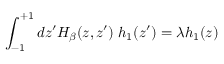
\int _ { - 1 } ^ { + 1 } d z ^ { \prime } H _ { \beta } ( z , z ^ { \prime } ) \; h _ { 1 } ( z ^ { \prime } ) = \lambda h _ { 1 } ( z )